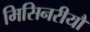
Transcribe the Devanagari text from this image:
मिसिनरीयौं